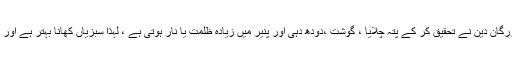
ماضی کے بزرگان دین نے تحقیق کر کے پتہ چلایا ، گوشت ،دودھ دہی اور پنیر میں زیادہ ظلمت یا نار ہوتی ہے ، لہذا سبزیاں کھانا بہتر ہے اور روزہ رکھیں ۔